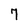
Character: 7